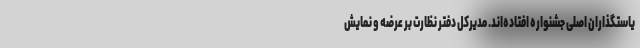
یاستگذاران اصلی جشنواره افتاده‌اند. مدیرکل دفتر نظارت بر عرضه و نمایش